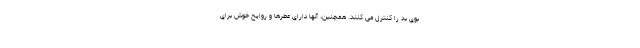
بوی بد را کنترل می کنند. همچنین، آنها دارای عطرها و روایح خوش برای